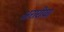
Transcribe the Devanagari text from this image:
अरारीया